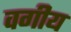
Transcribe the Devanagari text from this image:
वगीय